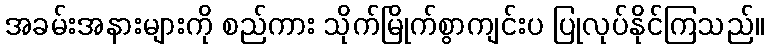
အခမ်းအနားများကို စည်ကား သိုက်မြိုက်စွာကျင်းပ ပြုလုပ်နိုင်ကြသည်။